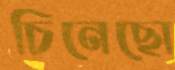
চিনেছো